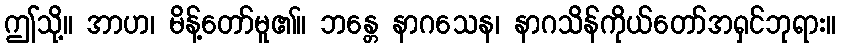
ဤသို့။ အာဟ၊ မိန့်တော်မူ၏။ ဘန္တေ နာဂသေန၊ နာဂသိန်ကိုယ်တော်အရှင်ဘုရား။